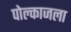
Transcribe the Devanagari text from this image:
पोल्काजला